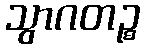
သွာဂတဉ္စ